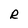
Character: R